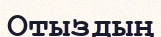
Отыздың